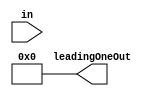
`timescale 1ns / 1ps
//////////////////////////////////////////////////////////////////////////////////
// Company: 
// Engineer: 
// 
// Design Name: 
// Module Name: lod
// Project Name: 
// Target Devices: 
// Tool Versions: 
// Description: 
// 
// Dependencies: 
// 
// Revision:
// Revision 0.01 - File Created
// Additional Comments:
// 
//////////////////////////////////////////////////////////////////////////////////

// LOD is implemented along with a simple MSB to LSB priority encoder

module lod #(parameter WIDTH = 8) (
    input [WIDTH-1:0] in,
    output reg [$clog2(WIDTH):0] leadingOneOut
);

// for implementing FSM for the priority encoder
// tells the status of the encoder, whether the leading one is found 
reg found;

integer i;
always @ (negedge found)
begin
    begin
        for (i = WIDTH-1; i >= 0; i = i-1)
        // proceed only if leading one not yet 'found'
        if(found == 1'b0)
        begin
            if (in[i])
            begin
                leadingOneOut = i;
                $display("Found leading one at %d", i);
                // Essentially need to put a break here, which won't synthesize
                // which is precisely why an FSM is needed here.
                found = 1'b1;
            end
        end
    end
end

// change the value of 'found' once the input data changes
always@(in)
begin
    leadingOneOut = 0;
    found = 1'b0;
end

endmodule